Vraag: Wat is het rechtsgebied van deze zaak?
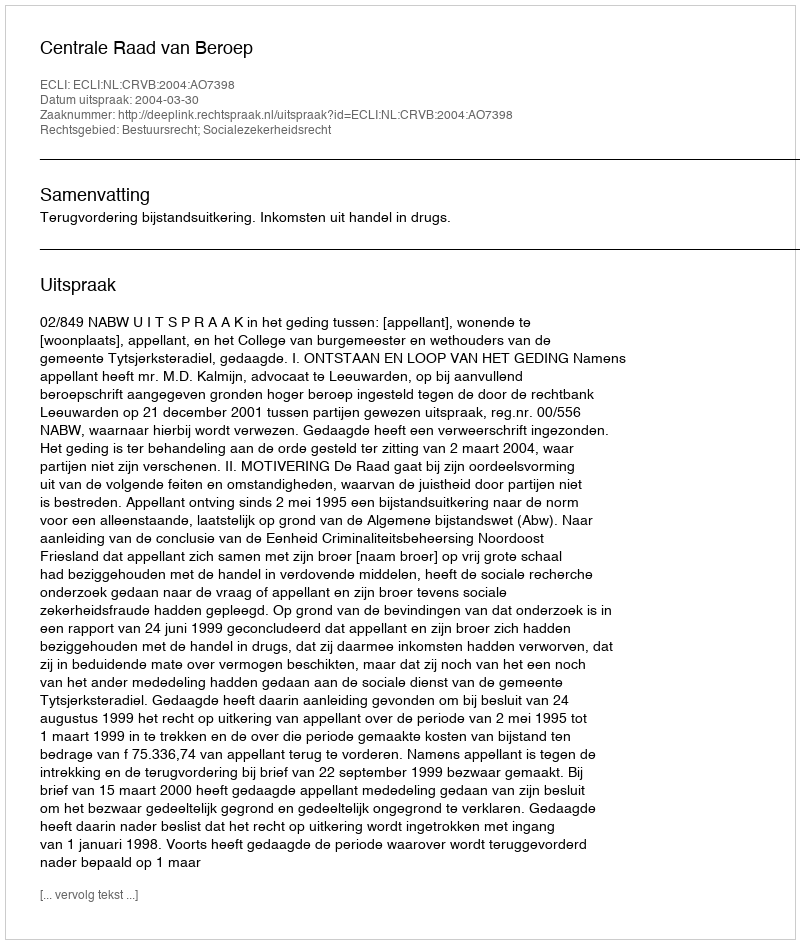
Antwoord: Bestuursrecht; Socialezekerheidsrecht